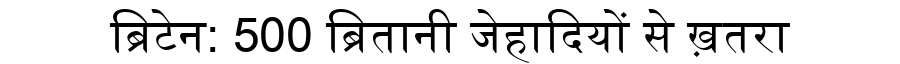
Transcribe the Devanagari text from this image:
ब्रिटेन: 500 ब्रितानी जेहादियों से ख़तरा